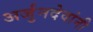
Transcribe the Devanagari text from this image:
अर्जुनदेवांनी